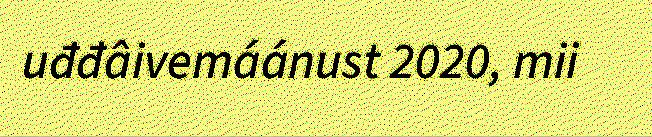
uđđâivemáánust 2020, mii